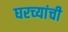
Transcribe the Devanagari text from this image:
घरच्‍यांची